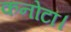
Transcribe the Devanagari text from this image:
कनोटा।